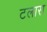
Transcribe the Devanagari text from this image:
टलास